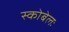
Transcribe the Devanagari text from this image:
स्कोबेलः